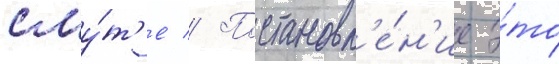
сму́т'е // Постановл'е́н'ие э́то